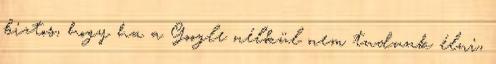
biztos, hogy ha a Google nélkül nem tudunk élni,